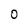
Character: 0